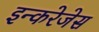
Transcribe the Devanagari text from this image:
इन्करेजेस